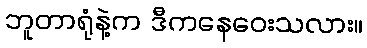
ဘူတာရုံနဲ့က ဒီကနေဝေးသလား။